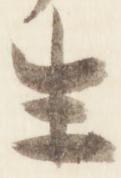
生